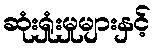
ဆုံးရှုံးမှုများနှင့်